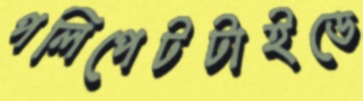
পলিপেটটাইডে